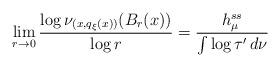
LaTeX: \begin{align*}\lim _{r \rightarrow 0} \frac{\log \nu _{(x, q_\xi (x) )} ( B _r (x) )}{\log r} = \frac{h ^{ss} _\mu}{\int \log \tau ' \, d \nu} \end{align*}